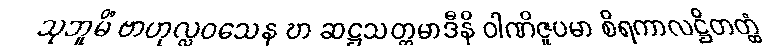
သုဘူမိံ ဗာဟုလ္လဝသေန ဎာ ဆဋ္ဌသတ္တမာဒီနိ ဝါဏိဇူပမာ စိရကာလဋ္ဌိတတ္ထံ